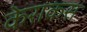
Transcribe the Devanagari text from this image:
केराकस